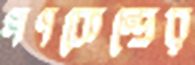
গণকেন্দ্রের